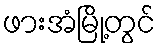
ဖားအံမြို့တွင်